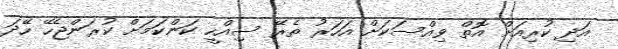
އަދި ކުރިއަށް އޮތް ވިއްސަކަށް އަހަރު ތެރޭ ސިއްހީ ކަންކަމަށް ކުރަންޖެހޭ ހޭދަ